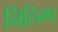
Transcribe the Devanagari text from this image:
निलिम्प